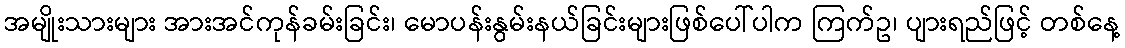
အမျိုးသားများ အားအင်ကုန်ခမ်းခြင်း၊ မောပန်းနွမ်းနယ်ခြင်းများဖြစ်ပေါ်ပါက ကြက်ဥ၊ ပျားရည်ဖြင့် တစ်နေ့